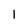
Character: 1